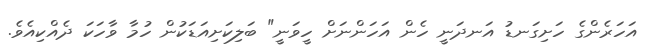
އަހަރެންގެ ހަށިގަނޑު އަނދަނީ ހެން އަހަންނަށް ހީވަނީ" ބަލިކަށިއަޑަކުން ހުމާ ވާހަކަ ދެއްކިއެވެ.